Indian journal of veterinary science and animal husbandry - Volume 5,
Year: 1935
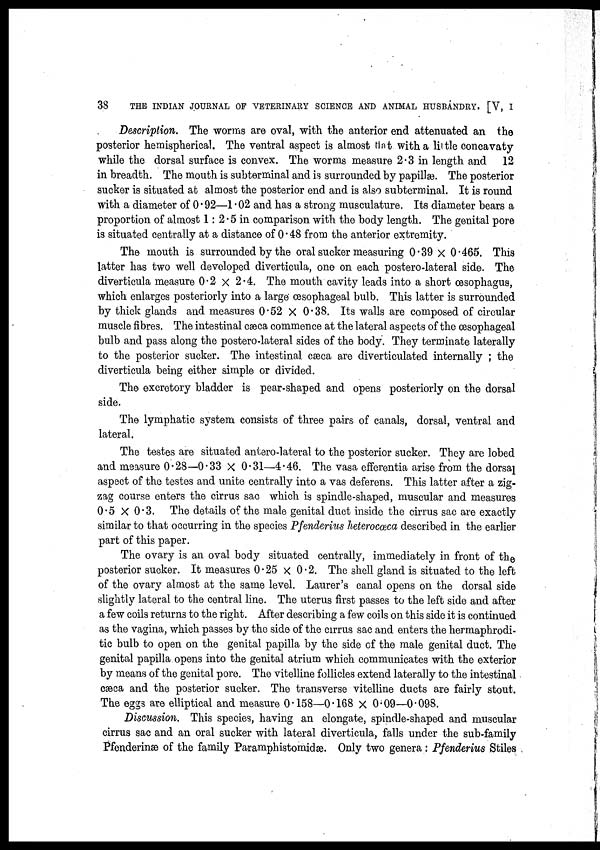
38
THE INDIAN JOURNAL OF VETERINARY SCIENCE AND ANIMAL HUSBANDRY. [V, I
Description. The worms are oval, with the anterior end attenuated an the
posterior hemispherical. The ventral aspect is almost that with a little concavaty
while the dorsal surface is convex. The worms measure 2.3 in length and 12
in breadth. The mouth is subterminal and is surrounded by papillæ. The posterior
sucker is situated at almost the posterior end and is also subterminal. It is round
with a diameter of 0.92—1.02 and has a strong musculature. Its diameter bears a
proportion of almost 1 : 2.5 in comparison with the body length. The genital pore
is situated centrally at a distance of 0.48 from the anterior extremity.
The mouth is surrounded by the oral sucker measuring 0.39 × 0.465. This
latter has two well developed diverticula, one on each postero-lateral side. The
diverticula measure 0.2 × 2.4. The mouth cavity leads into a short œsophagus,
which enlarges posteriorly into a large œsophageal bulb. This latter is surrounded
by thick glands and measures 0.52 × 0.38. Its walls are composed of circular
muscle fibres. The intestinal cæca commence at the lateral aspects of the œsophageal
bulb and pass along the postero-lateral sides of the body. They terminate laterally
to the posterior sucker. The intestinal cæca are diverticulated internally ; the
diverticula being either simple or divided.
The excretory bladder is pear-shaped and opens posteriorly on the dorsal
side.
The lymphatic system consists of three pairs of canals, dorsal, ventral and
lateral.
The testes are situated antero-lateral to the posterior sucker. They are lobed
and measure 0.28—0.33 × 0.31—4.46. The vasa efferentia arise from the dorsal
aspect of the testes and unite centrally into a vas deferens. This latter after a zig-
zag course enters the cirrus sac which is spindle-shaped, muscular and measures
0.5 × 0.3. The details of the male genital duct inside the cirrus sac are exactly
similar to that occurring in the species Pfenderius heterocœca described in the earlier
part of this paper.
The ovary is an oval body situated centrally, immediately in front of the
posterior sucker. It measures 0.25 × 0.2. The shell gland is situated to the left
of the ovary almost at the same level. Laurer's canal opens on the dorsal side
slightly lateral to the central line. The uterus first passes to the left side and after
a few coils returns to the right. After describing a few coils on this side it is continued
as the vagina, which passes by the side of the cirrus sac and enters the hermaphrodi-
tic bulb to open on the genital papilla by the side of the male genital duct. The
genital papilla opens into the genital atrium which communicates with the exterior
by means of the genital pore. The vitelline follicles extend laterally to the intestinal
cæca and the posterior sucker. The transverse vitelline ducts are fairly stout.
The eggs are elliptical and measure 0.158—0.168 × 0.09—0.098.
Discussion. This species, having an elongate, spindle-shaped and muscular
cirrus sac and an oral sucker with lateral diverticula, falls under the sub-family
Pfenderinæ of the family Paramphistomidæ. Only two genera: Pfenderius Stiles